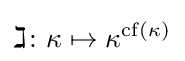
\gimel \colon \kappa \mapsto \kappa ^{\mathrm {cf} (\kappa )}